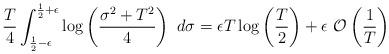
LaTeX: \begin{align*} \frac{T}{4}\int_{\frac{1}{2}-\epsilon}^{\frac{1}{2}+\epsilon}\log \left(\frac{\sigma^2+T^2}{4}\right)\ d\sigma&=\epsilon T \log\left(\frac{T}{2}\right)+\epsilon\ \mathcal{O}\left(\frac{1}{T}\right) \end{align*}